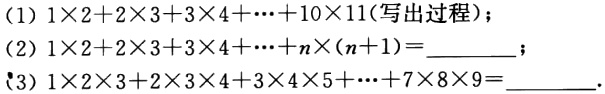
(1) \(1\times2 + 2\times3+3\times4+\cdots + 10\times11\)(写出过程)；
(2) \(1\times2 + 2\times3+3\times4+\cdots + n\times(n + 1)=\underline{\quad\quad}\)；
(3) \(1\times2\times3+2\times3\times4+3\times4\times5+\cdots + 7\times8\times9=\underline{\quad\quad}\).